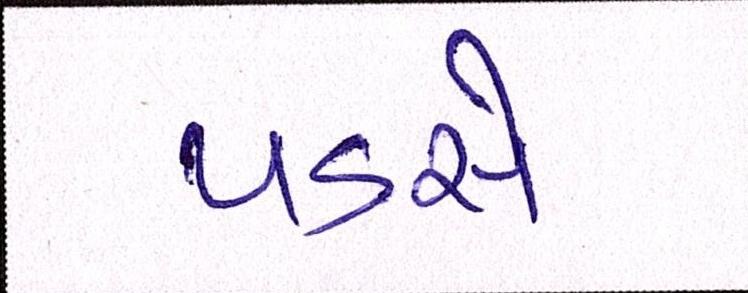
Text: પડસે